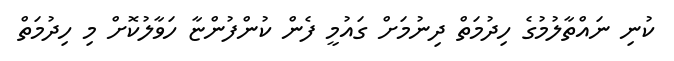
ކުނި ނައްތާލުމުގެ ހިދުމަތް ދިނުމަށް ގައުމީ ފެން ކުންފުންޏާ ހަވާލުކޮށް މި ހިދުމަތް